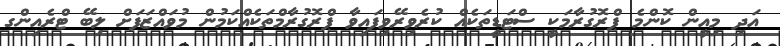
އަދި މިއީން ކޮންމެ ޕްރޮގުރާމަކީ ސްޓަޑީތަކެއް ކުރެވިރޭވިފައިވާ ޕްރޮގުރާމްތަކެއްކަމުން މުވައްޒަފަށް ލިބޭ ޓްރެއިންގ